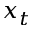
x _ { t }